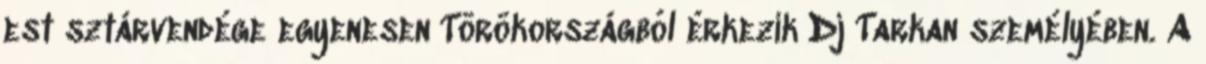
est sztárvendége egyenesen Törökországból érkezik Dj Tarkan személyében. A